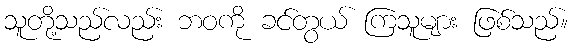
သူတို့သည်လည်း ဘဝကို ခင်တွယ် ကြသူများ ဖြစ်သည်။